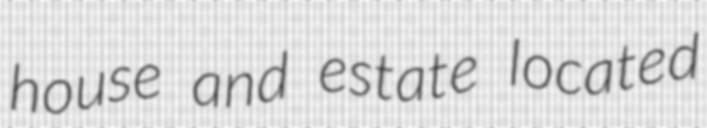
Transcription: house and estate located